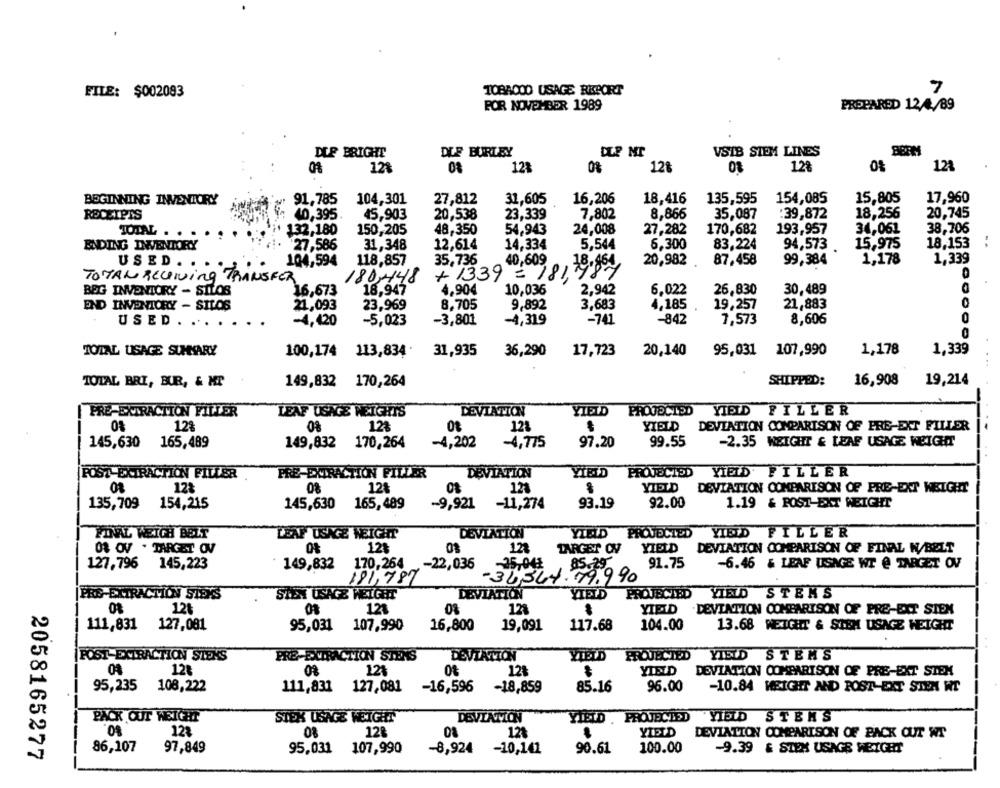
FILE: $002083
TOBACOO USAGE RIEBORT
7
FOR NOVEMBER 1989
PREPARED 12/4/89
BERM
DLF BRIGHT
DLF BURLEY
DLP NT
VSIB SIEM LINES
12%
12%
0%
128
12%
12%
BEGINNING INVENTORY
91,785
104,301
27,812
31,605
16,206
18,416
135,595
154,085
15,805
17,960
18,256
20,745
RECEIPTS
40,395.
45,903
20,538
23,339
7,802
8,866
35,087
:39,872
34,061
38,706
TOTAL
132,180
150,205
48,350
54,943
24,008
27,282
170,682
193,957
14,334
5,544
6.300
83,224
15,975
18.153
ENDING INWENTORY
27,586
31,348
12,614
94,573
104,594
40,609
20,982
87,458
1,178
1,339
USED . . .
118,857
35,736
99,384
+ 1339 = 181,980
TOMAN RECIVing TRANSFER
180,448
BEG INVENTORY - SILOS
16,673
18,947
4,904
10,036
2,942
6,022
26,830
30,489
END INVENTORY - SILOS
21,093
23,969
8,705
9,892
3,683
4,185
19,257
21,883
USED . ...
-4,420
-5,023
-3,801
-4,319
-741
-842
7,573
8,606
TOTAL USAGE SUMARY
100,174 113,834
31,935
36,290
17,723
20,140
95,031
107,990
1,178
1,339
. ..
TOTAL BRI, BUR, & MT
149,832
170,264
SHIPPED:
16,908
19,214
PROUDCIDD
FRE-EXTRACTION FILLER
LEAF USAGE WEIGHTS
DEVIATION
YIELD
YIELD FILLER
YIELD
12%
12
ot
121
DEVIATION COMPARISON OF PRE-EXT FILLER
97.20
99.55
-2.35 WEIGHT & LEAF USAGE HEIGHT
145,630 165,489
149,832
170,264
-4,202
-4,775
FRE-EXTRACTION PILLER
DEVIATION
YIBID
PROTECTED
YIELD. FILLER
POST EXTRACTION PILLER
0%
12%
0%
12%
121
YIELD
DEVIATION COMPARISON OF PRE-EXT WEIGHT
135,709 154,215
-9,921
-11,274
93.19
92.00
1.19 & POST-EXT WEIGHT
145,630 165,489
FINVAL WEICH BEL
LEAF USAGE WEIGHT
DEVIATION
YIELD
PROJECTED
YIELD FILLER
08 OV . TARGET OV
12$
01
123
TARGET ONV
YIELD
DEVIATION COMPARISON OF FINAL N/BELT
127,796 145,223
149,832
170,264
,- 22,036
35.04₺
85.29
91.75
-6.46 & LEAF USAGE WI @ TARGET OV
181,787
-34,564. 79.990
FRS-EXTRACTION SISYS
SIDEN USAGE WEIGHT
DEVIATION
YIELD
PROJECTED
YIELD STENS
126
121
0%
121
YIELD
DEVIATION COMPARISON OF PRE-EXT SIEX
111,831 127,081
95,031 107.990
16,800
19,091
117.68
104.00
13.68 WEIGHT & SIEM USAGE HEIGHT
POST-EXTRACTION STEKS
PRE-EXTRACTION STENS
DEVIATION
YIELD
PROJECTED
YIELD STEMS
128
121
128
YIELD
DEVIATION COMPARISON OF PRE-EXT STEX
95,235 108,222
111,831 127,081
-16,596
-18,859
85.16
96.00
-10.84 WEIGHT AND POST-EXT STEN WT
PACK OUT WEIGHT
$0.
DESVIACIÓN
YIELD . PROJECTED
STEK USAGE WEIGHT
YIELD STERS
12%
08
128
128
YIELD
DEVIATION COMPARISON OF BACK OUT WT
86,107
97,849
95,031 107,990
-8,924
-10,141
90.61
100.00
2058165277
-9.39 & STEX USAGE WEIGHT